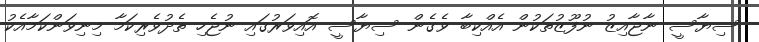
ސިޔާސީ ނާޖާއިޒު ނުފޫޒުތަކުން އެއްކިބާ ވެގެން ސިޔާސީ އޮއިވަރުގައި ނުޖެހި ތެދުވެރިކަމާ މިނިވަންކަމާއެކު